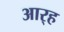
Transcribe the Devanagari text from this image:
आर्‍ह